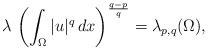
LaTeX: \begin{align*}\lambda\, \left(\int_\Omega |u|^q\, dx\right)^\frac{q-p}{q}=\lambda_{p,q}(\Omega),\end{align*}